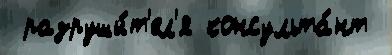
 разруши́т'ел'я консульта́нт